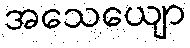
အသေယျော